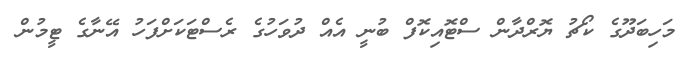
މަހިބަދޫގެ ކޯޗު ޔޮރްދާން ސްޓޮއިކޮފް ބުނީ އެއް ދުވަހުގެ ރެސްޓަކަށްފަހު އޭނާގެ ޓީމުން